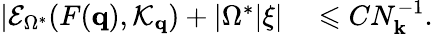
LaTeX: \begin{array}{rl}{\left|\mathcal{E}_{\Omega^{*}}(F(\mathbf{q}),\mathcal{K}_{\mathbf{q}})+|\Omega^{*}|\xi\right|}&{{}\leqslant CN_{\mathbf{k}}^{-1}.}\end{array}